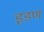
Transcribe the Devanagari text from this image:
इडण